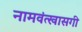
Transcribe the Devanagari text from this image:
नामवंत्खासगी